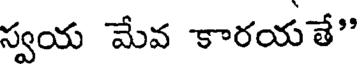
స్వయ మేవ కారయతే"